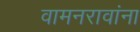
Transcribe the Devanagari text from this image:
वामनरावांना